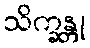
သိက္ခန္တု